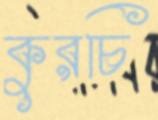
কুরচি